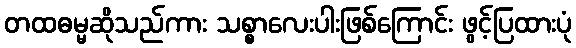
တထဓမ္မဆိုသည်ကား သစ္စာလေးပါးဖြစ်ကြောင်း ဖွင့်ပြထားပုံ